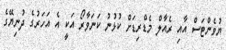
ޔުވެންޓަސް އާއި ރެއާލް މެޑްރިޑަށް ކުޅުނު ކަނަވާރޯ އަކީ އެ އަހަރުގެ ދުނިޔޭގެ